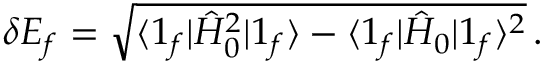
\delta { \cal E } _ { f } = \sqrt { \langle { \boldsymbol 1 } _ { f } | \hat { H } _ { 0 } ^ { 2 } | { \boldsymbol 1 } _ { f } \rangle - \langle { \boldsymbol 1 } _ { f } | \hat { H } _ { 0 } | { \boldsymbol 1 } _ { f } \rangle ^ { 2 } } \, .